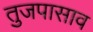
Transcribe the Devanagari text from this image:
तुजपासाव